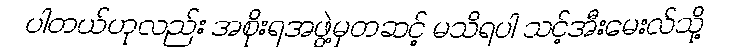
ပါတယ်ဟုလည်း အစိုးရအဖွဲ့မှတဆင့် မသိရပါ သင့်အီးမေးလ်သို့